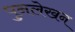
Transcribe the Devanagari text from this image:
पुनलेखन